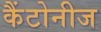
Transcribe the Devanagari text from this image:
कैंटोनीज